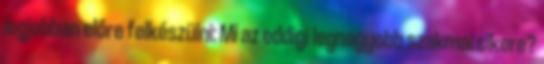
legjobban előre felkészülni: Mi az eddigi legnagyobb szakmai sikere?